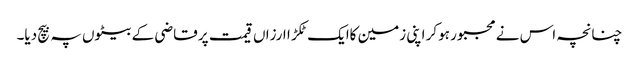
چنانچہ اس نے مجبور ہوکر اپنی زمین کاایک ٹکڑ ا ارزاں قیمت پر قاضی کے بیٹوں پہ بیچ دیا۔